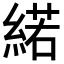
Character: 𦂍